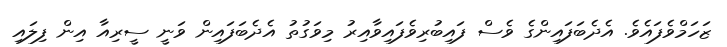
ޒަހަމްވެފައެވެ. އެދެބަފައިންގެ ވެސް ފައިބުރިވެފައިވާއިރު މިވަގުތު އެދެބަފައިން ވަނީ ސީރިއާ އިން ފިލައި